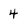
Character: 4